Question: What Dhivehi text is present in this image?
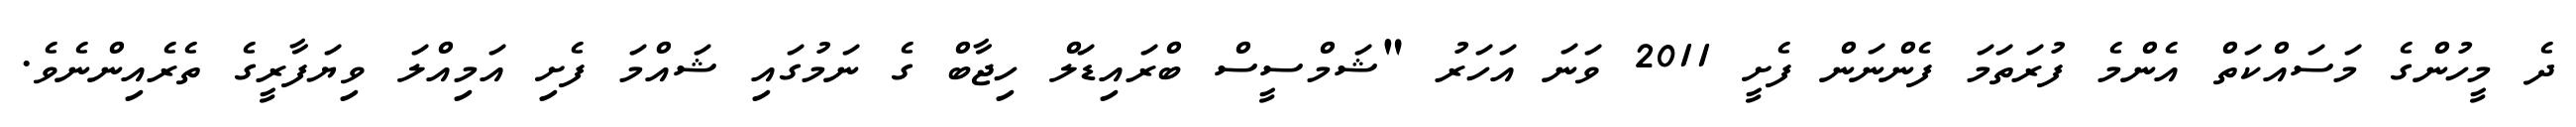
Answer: ދެ މީހުންގެ މަސައްކަތް އެންމެ ފުރަތަމަ ފެންނަން ފެށީ 2011 ވަނަ އަހަރު "ޝަމްސީސް ބްރައިޑަލް ހިޖާބް ގެ ނަމުގައި ޝައްމަ ފެށި އަމިއްލަ ވިޔަފާރީގެ ތެރެއިންނެވެ.